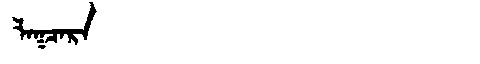
Manchu: ᠯᠠᡴᠴᠠᡵᠠ
Romanization: LAKCARA